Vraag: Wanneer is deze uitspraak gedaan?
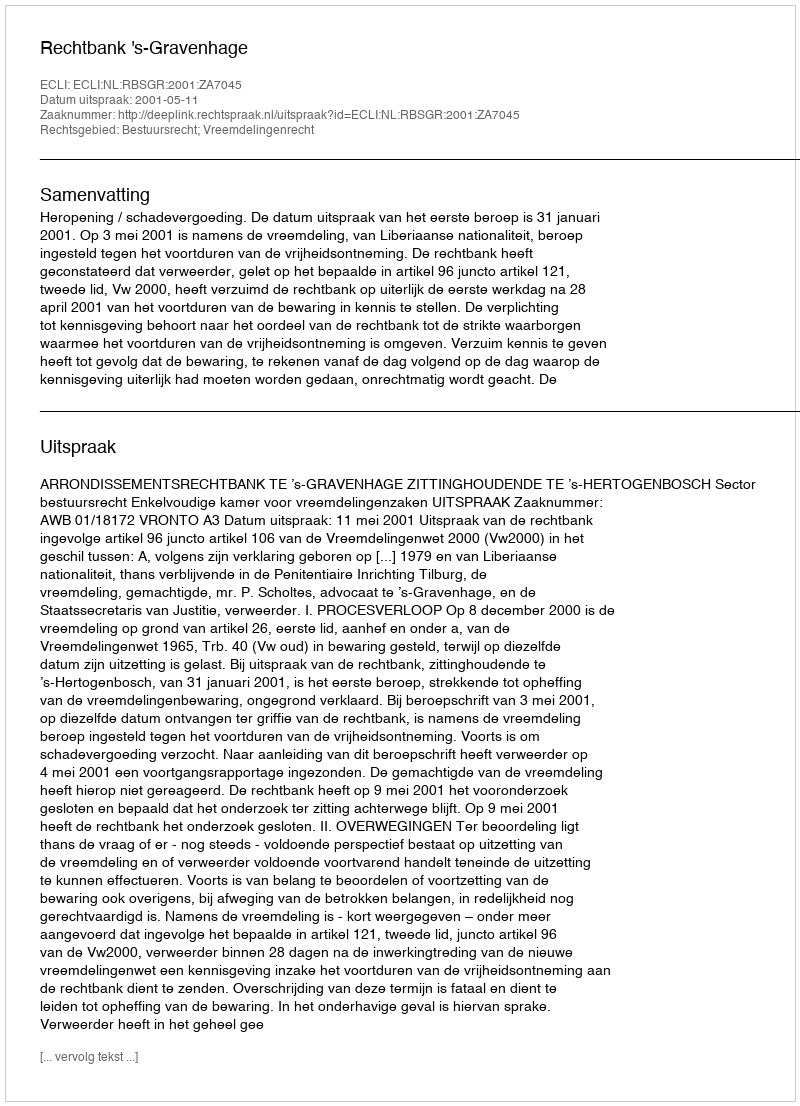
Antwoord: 2001-05-11